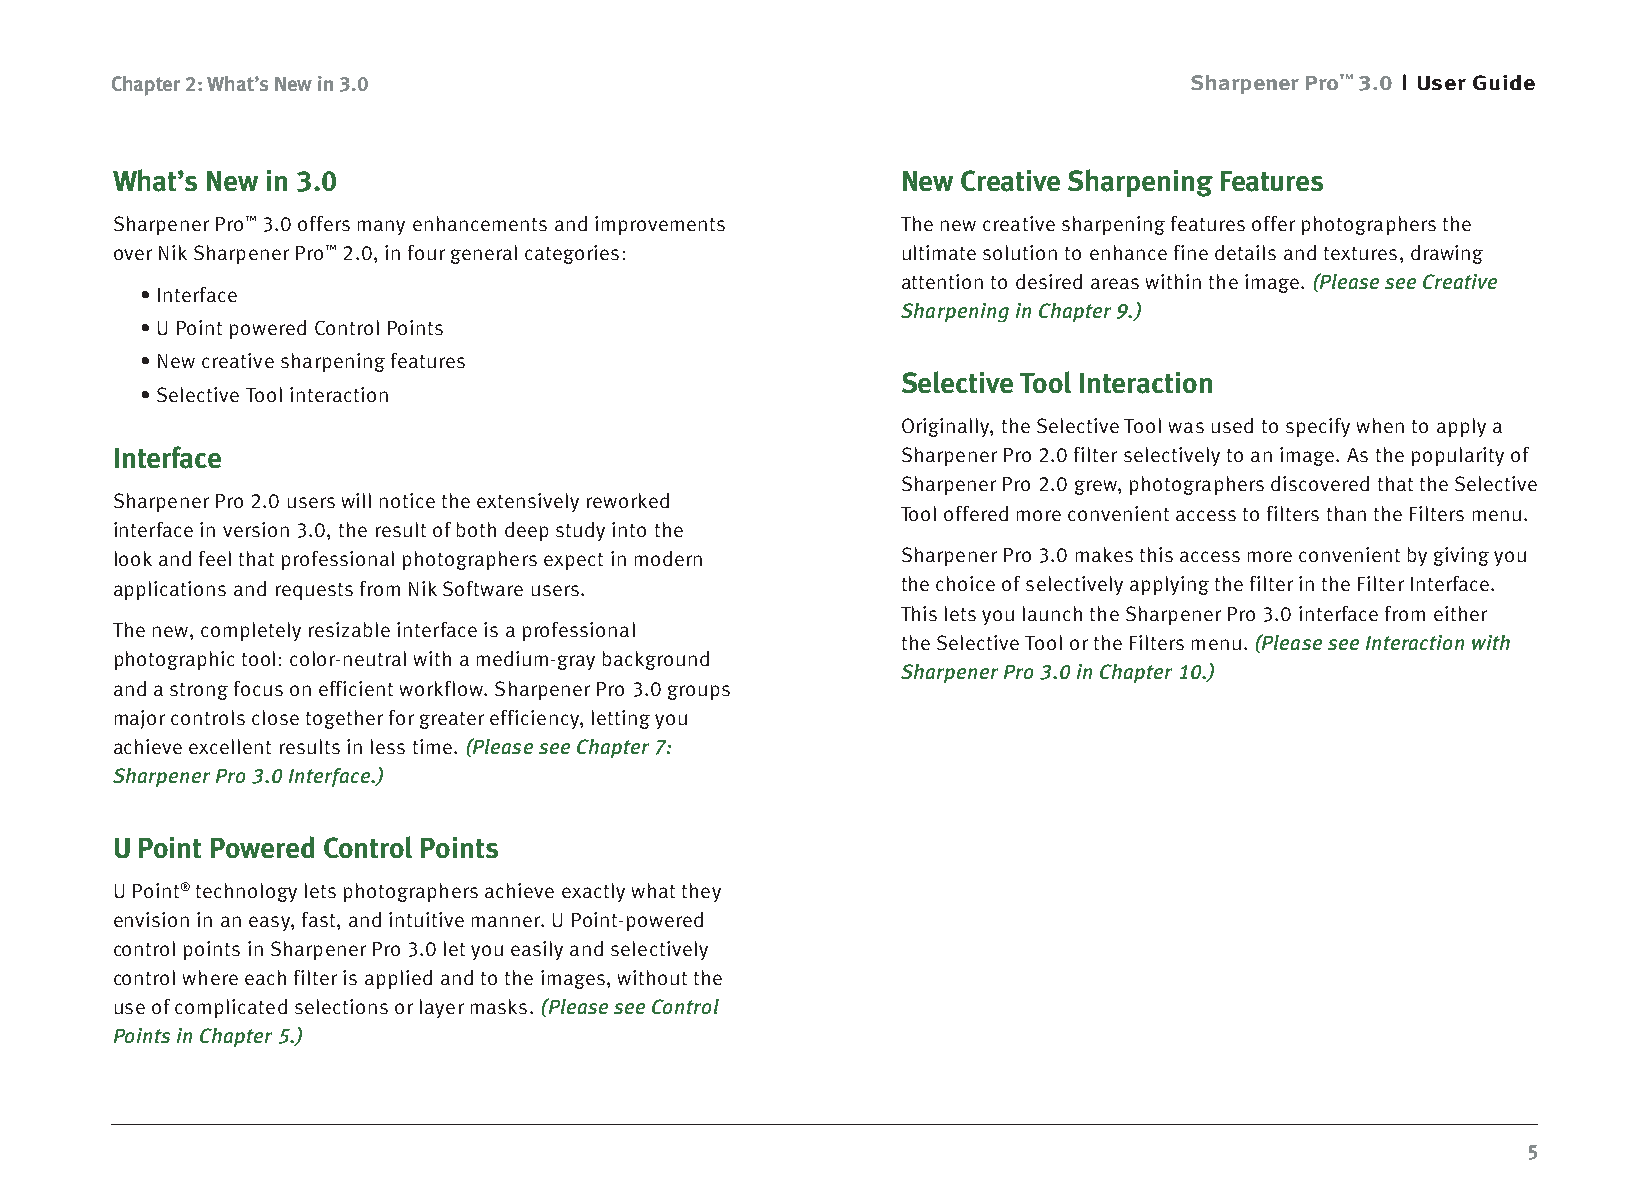
Chapter 2: What’s New in 3.0                                            Sharpener Pro™ 3.0 User Guide
 What’s New in 3.0                                    New Creative Sharpening Features
 Sharpener Pro™ 3.0 offers many enhancements and improvements The new creative sharpening features offer photographers the
 over Nik Sharpener Pro™ 2.0, in four general categories: ultimate solution to enhance fine details and textures, drawing
 attention to desired areas within the image. (Please see Creative
 • Interface
 Sharpening in Chapter 9.)
 • U Point powered Control Points
 • New creative sharpening features
 Selective Tool Interaction
 • Selective Tool interaction
 Originally, the Selective Tool was used to specify when to apply a
 Interface                                            Sharpener Pro 2.0 filter selectively to an image. As the popularity of
 Sharpener Pro 2.0 grew, photographers discovered that the Selective
 Sharpener Pro 2.0 users will notice the extensively reworked
 Tool offered more convenient access to filters than the Filters menu.
 interface in version 3.0, the result of both deep study into the
 look and feel that professional photographers expect in modern Sharpener Pro 3.0 makes this access more convenient by giving you
 applications and requests from Nik Software users.   the choice of selectively applying the filter in the Filter Interface.
 This lets you launch the Sharpener Pro 3.0 interface from either
 The new, completely resizable interface is a professional
 the Selective Tool or the Filters menu. (Please see Interaction with
 photographic tool: color-neutral with a medium-gray background
 Sharpener Pro 3.0 in Chapter 10.)
 and a strong focus on efficient workflow. Sharpener Pro 3.0 groups
 major controls close together for greater efficiency, letting you
 achieve excellent results in less time. (Please see Chapter 7:
 Sharpener Pro 3.0 Interface.)
 U Point Powered Control Points
 U Point® technology lets photographers achieve exactly what they
 envision in an easy, fast, and intuitive manner. U Point-powered
 control points in Sharpener Pro 3.0 let you easily and selectively
 control where each filter is applied and to the images, without the
 use of complicated selections or layer masks. (Please see Control
 Points in Chapter 5.)
 5